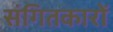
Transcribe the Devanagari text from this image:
संगितकारों